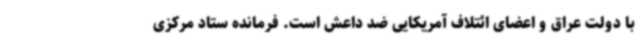
با دولت عراق و اعضای ائتلاف آمریکایی ضد داعش است. فرمانده ستاد مرکزی